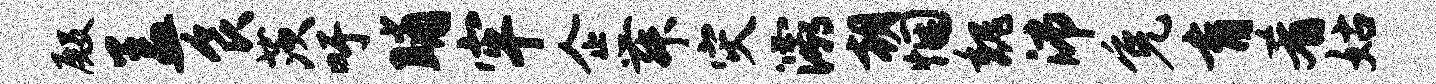
殿盖食茨吁晡牢企舞灾灞朝悃魏沛免育肴姑